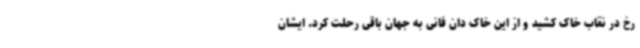
رخ در نقاب خاک کشید و از این خاک دان فانی به جهان باقی رحلت کرد. ایشان